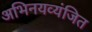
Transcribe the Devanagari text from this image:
अभिनयव्यंजित